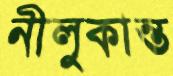
নীলুকান্ত